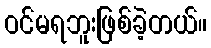
ဝင်မရဘူးဖြစ်ခဲ့တယ်။